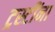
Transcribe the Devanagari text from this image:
ट्रस्टींना